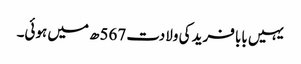
یہیں بابا فرید کی ولادت 567ھ میں ہوئی۔